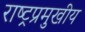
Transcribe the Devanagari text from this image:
राष्ट्रप्रमुखीय